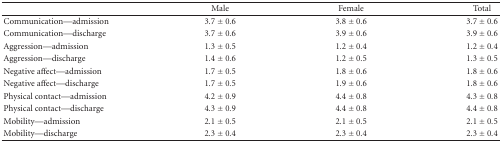
<table><thead><tr><td></td><td><b>Male</b></td><td><b>Female</b></td><td><b>Total</b></td></tr></thead><tbody><tr><td>Communication—admission</td><td>3.7 ± 0.6</td><td>3.8 ± 0.6</td><td>3.7 ± 0.6</td></tr><tr><td>Communication—discharge</td><td>3.7 ± 0.6</td><td>3.9 ± 0.6</td><td>3.9 ± 0.6</td></tr><tr><td>Aggression—admission</td><td>1.3 ± 0.5</td><td>1.2 ± 0.4</td><td>1.2 ± 0.4</td></tr><tr><td>Aggression—discharge</td><td>1.4 ± 0.6</td><td>1.2 ± 0.5</td><td>1.3 ± 0.5</td></tr><tr><td>Negative affect—admission</td><td>1.7 ± 0.5</td><td>1.8 ± 0.6</td><td>1.8 ± 0.6</td></tr><tr><td>Negative affect—discharge</td><td>1.7 ± 0.5</td><td>1.9 ± 0.6</td><td>1.8 ± 0.6</td></tr><tr><td>Physical contact—admission</td><td>4.2 ± 0.9</td><td>4.4 ± 0.8</td><td>4.3 ± 0.8</td></tr><tr><td>Physical contact—discharge</td><td>4.3 ± 0.9</td><td>4.4 ± 0.8</td><td>4.4 ± 0.8</td></tr><tr><td>Mobility—admission</td><td>2.1 ± 0.5</td><td>2.1 ± 0.5</td><td>2.1 ± 0.5</td></tr><tr><td>Mobility—discharge</td><td>2.3 ± 0.4</td><td>2.3 ± 0.4</td><td>2.3 ± 0.4</td></tr></tbody></table>